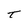
Character: T